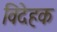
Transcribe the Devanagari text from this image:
विदेहक